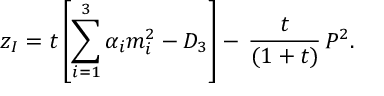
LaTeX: z _ { I } = t \left[ \sum _ { i = 1 } ^ { 3 } \alpha _ { i } m _ { i } ^ { 2 } - D _ { 3 } \right] - \, \frac { t } { ( 1 + t ) } \, P ^ { 2 } .